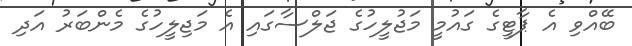
ބޭއްވި އެ ޕާޓީގެ ގައުމީ މަޖުލީހުގެ ޖަލްސާގައި އެ މަޖިލީހުގެ މެންބަރު އަދި